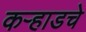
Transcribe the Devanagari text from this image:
कऱ्हाडचे